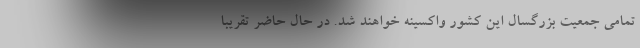
تمامی جمعیت بزرگسال این کشور واکسینه خواهند شد. در حال حاضر تقریبا